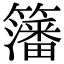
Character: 籓